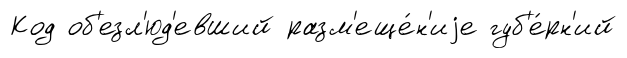
Код об'езл'юд'евший разм'еще́н'иjе губ'е́рн'ий